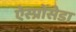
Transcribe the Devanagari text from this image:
ऐस्प्रोंसेडा